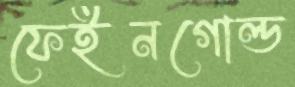
ফেইনগোল্ড